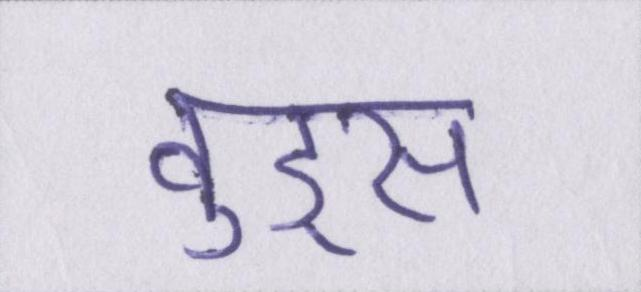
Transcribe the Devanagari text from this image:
वुड्स